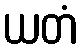
ယတံ